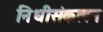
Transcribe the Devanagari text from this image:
निधीसंकलन